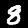
Label: 8